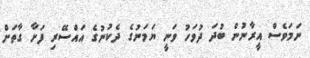
ނަމަވެސް އީރާނުން ބުދަ ދުވަހު ވަނީ ޔަމަނުގެ ދެކުނުގެ އައްސޭރި ފަށާ ގާތަށް